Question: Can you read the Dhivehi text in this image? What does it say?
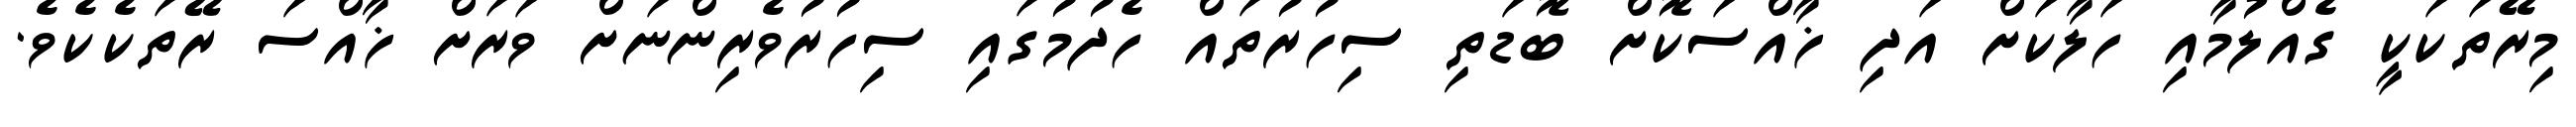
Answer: މިރޭތަކަކީ ގެއްލުމާއި ހަލާކަށް އަދި ޚާއްސަކޮށް ބޮޑަތި ސިހުރުތައް ހެދުމުގައި ސިހުރުވެރިންނަށް ވަރަށް ޚާއްސަ ރޭތަކެކެވެ.